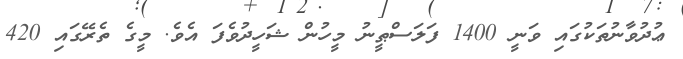
ޢުދުވާނުތަކުގައި ވަނީ 1400 ފަލަސްޠީނު މީހުން ޝަހީދުވެފަ އެވެ. މީގެ ތެރޭގައި 420